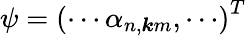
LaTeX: \psi=\left(\cdots\alpha_{n,\boldsymbol{k}m},\cdots\right)^{T}